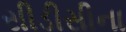
સીડીસીના